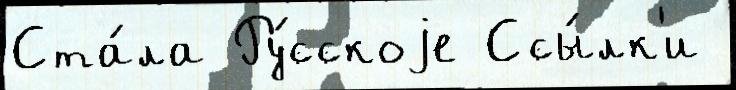
Ста́ла Ру́сскоjе Ссы́лк'и